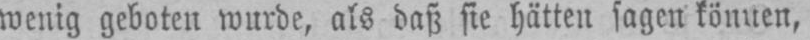
wenig geboten wurde, als daß sie hätten sagen können,